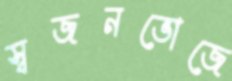
স্বজনভোজে